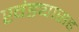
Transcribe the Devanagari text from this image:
खंड्यासह